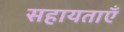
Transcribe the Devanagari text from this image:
सहायताएँ